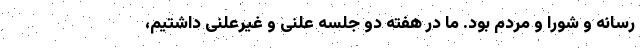
رسانه و شورا و مردم بود. ما در هفته دو جلسه علنی و غیرعلنی داشتیم،